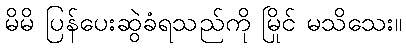
မိမိ ပြန်ပေးဆွဲခံရသည်ကို မြိုင် မသိသေး။